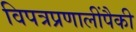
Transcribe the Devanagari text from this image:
विपत्रप्रणालींपैकी